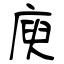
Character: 庾